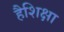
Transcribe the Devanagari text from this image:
हैशिक्षा